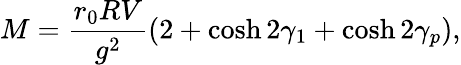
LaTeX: M={\frac{r_{0}RV}{g^{2}}}(2+\cosh 2\gamma_{1}+\cosh 2\gamma_{p}),